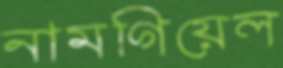
নামগিয়েল